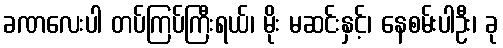
ခဏလေးပါ တပ်ကြပ်ကြီးရယ်၊ မိုး မဆင်းနှင့်၊ နေစမ်းပါဦး၊ ခု